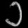
Digit: ၁